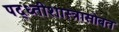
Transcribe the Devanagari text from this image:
पद्ध्तीशास्त्रासोबत